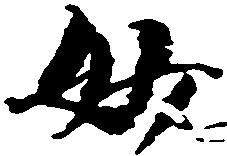
妙